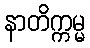
နာတိက္ကမ္မ